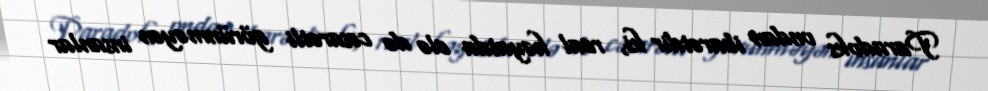
Paradoks ondan ibarətdir ki, real həyatda elə də cəsarətli görünməyən insanlar